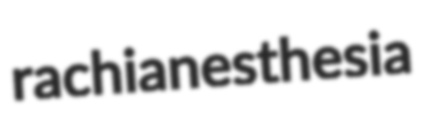
rachianesthesia